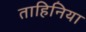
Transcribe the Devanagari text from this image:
ताहिनिया